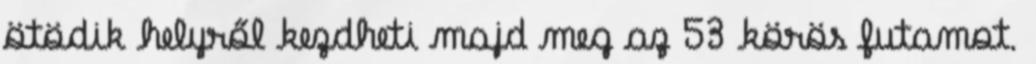
ötödik helyről kezdheti majd meg az 53 körös futamot.